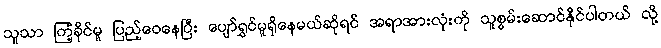
သူသာ ကြံ့ခိုင်မူ ပြည့်ဝေနေပြီး ပျော်ရွှင်မူရှိနေမယ်ဆိုရင် အရာအားလုံးကို သူစွမ်းဆောင်နိုင်ပါတယ် လို့